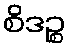
စိဒဉ္စ